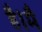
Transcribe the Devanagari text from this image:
है।मै